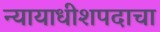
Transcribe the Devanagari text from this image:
न्यायाधीशपदाचा